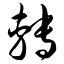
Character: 转